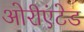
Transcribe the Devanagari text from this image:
ओरीएंटेड